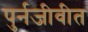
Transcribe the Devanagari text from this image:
पुर्नजीवीत